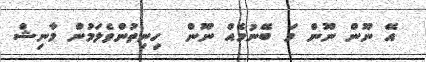
އޭ ނޫން ނޫން މަ ބޭނުމެއް ނޫން  ހިނިތުންވެލަމުން މާނިޝް